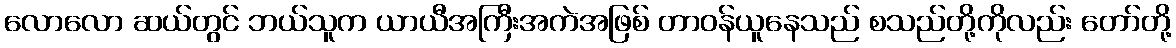
လောလော ဆယ်တွင် ဘယ်သူက ယာယီအကြီးအကဲအဖြစ် တာဝန်ယူနေသည် စသည်တို့ကိုလည်း တော်တို့